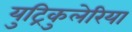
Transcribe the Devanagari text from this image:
युट्रिकुलेरिया